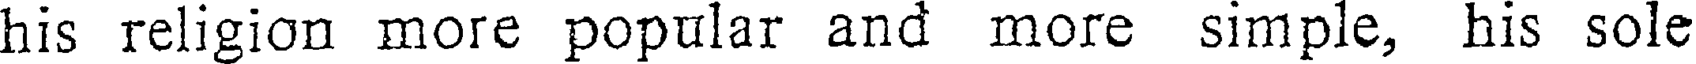
his religion more popular and more simple, his sole